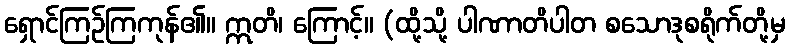
ရှောင်ကြဉ်ကြကုန်၏။ ဣတိ၊ ကြောင့်။ (ထို့သို့ ပါဏာတိပါတ စသောဒုစရိုက်တို့မှ